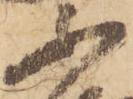
不